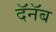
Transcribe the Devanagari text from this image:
दॅनॅब